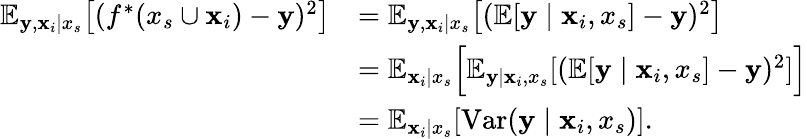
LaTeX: \begin{array}{rl}{\mathbb{E}_{{\mathbf{y}},{\mathbf{x}}_{i}\mid x_{s}}\big[(f^{*}(x_{s}\cup{\mathbf{x}}_{i})-{\mathbf{y}})^{2}\big]}&{=\mathbb{E}_{{\mathbf{y}},{\mathbf{x}}_{i}\mid x_{s}}\big[(\mathbb{E}[{\mathbf{y}}\mid{\mathbf{x}}_{i},x_{s}]-{\mathbf{y}})^{2}\big]}\\ &{=\mathbb{E}_{{\mathbf{x}}_{i}\mid x_{s}}\Big[\mathbb{E}_{{\mathbf{y}}\mid{\mathbf{x}}_{i},x_{s}}[(\mathbb{E}[{\mathbf{y}}\mid{\mathbf{x}}_{i},x_{s}]-{\mathbf{y}})^{2}]\Big]}\\ &{=\mathbb{E}_{{\mathbf{x}}_{i}\mid x_{s}}[\mathrm{Var}({\mathbf{y}}\mid{\mathbf{x}}_{i},x_{s})].}\end{array}